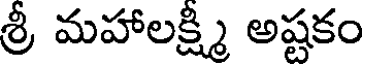
శ్రీ మహాలక్ష్మి అష్టకం